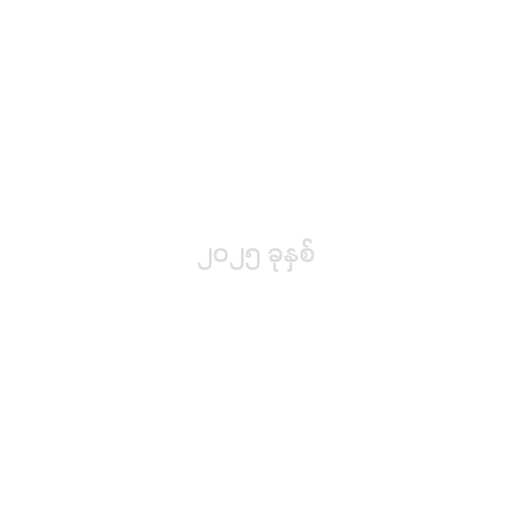
၂၀၂၅ ခုနှစ်